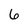
Character: 6